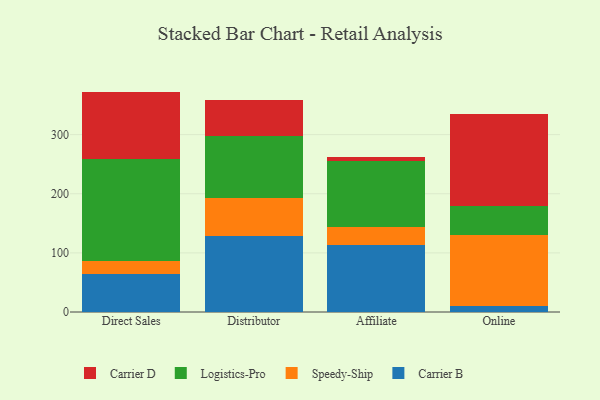
{"axis": {"x": "Channel", "y": "Humidity (%)"}, "legend": ["Carrier B", "Carrier D", "Logistics-Pro", "Speedy-Ship"], "data": [{"x": "Direct Sales", "y": 63.5, "type": "Carrier B"}, {"x": "Direct Sales", "y": 23.6, "type": "Speedy-Ship"}, {"x": "Direct Sales", "y": 171.7, "type": "Logistics-Pro"}, {"x": "Direct Sales", "y": 114.0, "type": "Carrier D"}, {"x": "Distributor", "y": 128.2, "type": "Carrier B"}, {"x": "Distributor", "y": 64.9, "type": "Speedy-Ship"}, {"x": "Distributor", "y": 105.1, "type": "Logistics-Pro"}, {"x": "Distributor", "y": 60.3, "type": "Carrier D"}, {"x": "Affiliate", "y": 113.9, "type": "Carrier B"}, {"x": "Affiliate", "y": 30.2, "type": "Speedy-Ship"}, {"x": "Affiliate", "y": 111.1, "type": "Logistics-Pro"}, {"x": "Affiliate", "y": 7.2, "type": "Carrier D"}, {"x": "Online", "y": 10.2, "type": "Carrier B"}, {"x": "Online", "y": 119.7, "type": "Speedy-Ship"}, {"x": "Online", "y": 49.6, "type": "Logistics-Pro"}, {"x": "Online", "y": 156.1, "type": "Carrier D"}]}